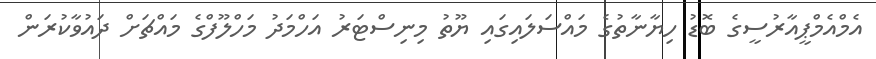
އެމްއެމްޕީއާރުސީގެ ބޮޑު ހިޔާނާތުގެ މައްސަލައިގައި ޔޫތު މިނިސްޓަރު އަހްމަދު މަހްލޫފްގެ މައްޗަށް ދައުވާކުރަން